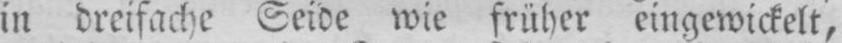
in dreifache Seide wie früher eingewickelt,